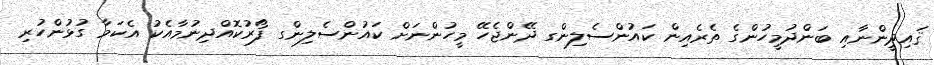
ޤައިދީންނާއި ބަންދުމީހުންގެ ތެރެއިން ކައުންސެލިންގ ދޭންޖެހޭ މީހުންނަށް ކައުންސެލިންގ ފޯރުކޮއްދިނުމާއެކު އެކަމާ ގުޅުންހުރި